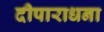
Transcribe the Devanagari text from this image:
दीपाराधना